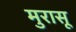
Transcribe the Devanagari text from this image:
मुरासू